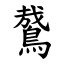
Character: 䳣